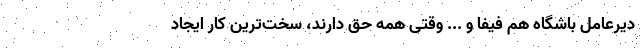
دیرعامل باشگاه هم فیفا و ... وقتی همه حق دارند، سخت‌ترین کار ایجاد